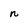
Character: n